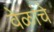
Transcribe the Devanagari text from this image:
वेळांचे